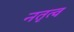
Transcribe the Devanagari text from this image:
नतृत्व